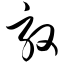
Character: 敦